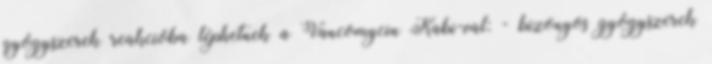
gyógyszerek reakcióba léphetnek a Vancomycin Kabi-val: - bizonyos gyógyszerek